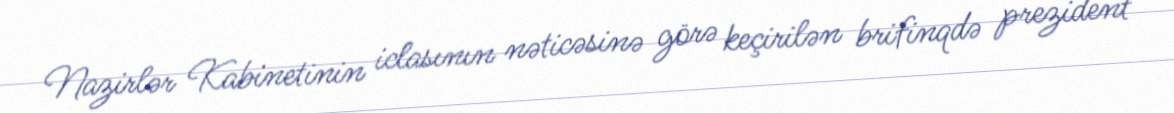
Nazirlər Kabinetinin iclasının nəticəsinə görə keçirilən brifinqdə prezident